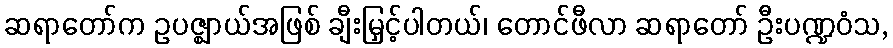
ဆရာတော်က ဥပဇ္ဈာယ်အဖြစ် ချီးမြှင့်ပါတယ်၊ တောင်ဖီလာ ဆရာတော် ဦးပဏ္ဍဝံသ,